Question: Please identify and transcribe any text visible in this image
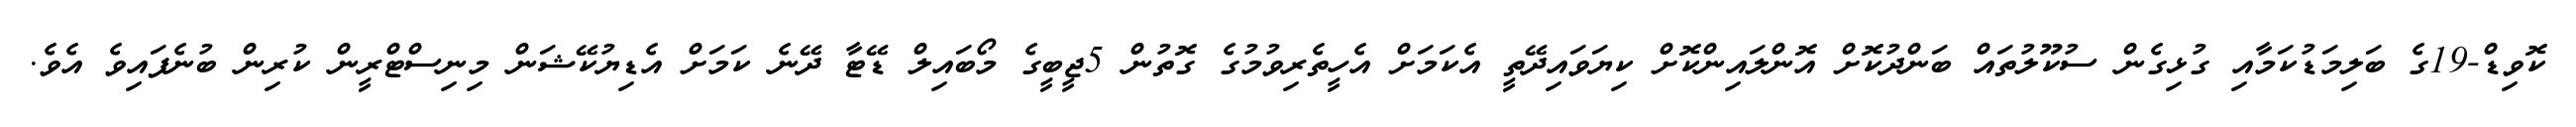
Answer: ކޮވިޑް-19ގެ ބަލިމަޑުކަމާއި ގުޅިގެން ސުކޫލުތައް ބަންދުކޮށް އޮންލައިންކޮށް ކިޔަވައިދޭތީ އެކަމަށް އެހީތެރިވުމުގެ ގޮތުން 5ޖީބީގެ މޯބައިލް ޑޭޓާ ދޭނެ ކަމަށް އެޑިޔުކޭޝަން މިނިސްޓްރީން ކުރިން ބުނެފައިވެ އެވެ.